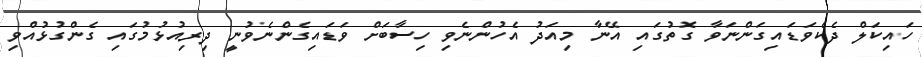
ހައިކަލް ދެކެވަޑައިގަންނަވާ ގޮތުގައި އޭނާ މިއަދު އެހުންނެވި ހިސާބަށް ވަޑައިގެންނެވުނީ ދިރިއުޅުމުގައި ގެންގުޅުއްވި